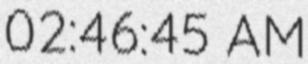
02:46:45 AM